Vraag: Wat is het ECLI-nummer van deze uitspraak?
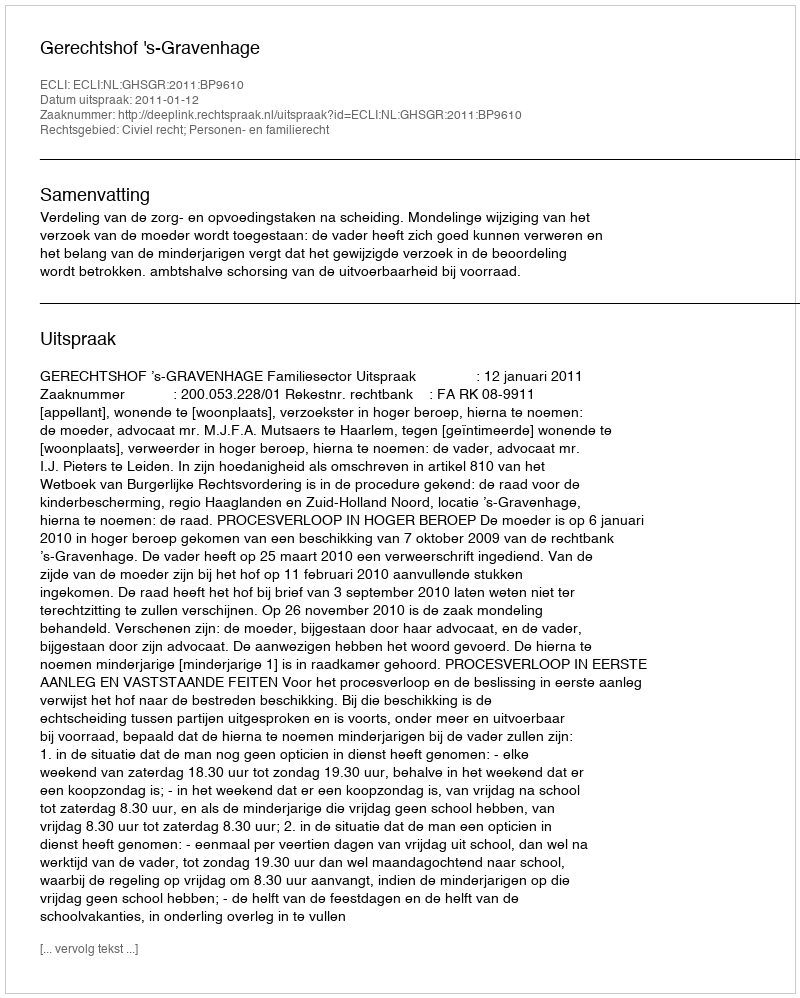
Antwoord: ECLI:NL:GHSGR:2011:BP9610